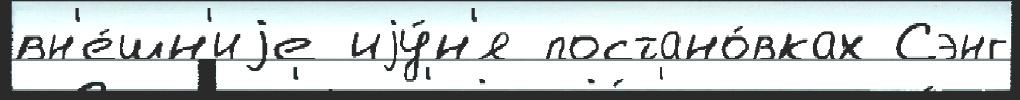
вн'е́шн'иjе иjу́н'я постано́вках Сэнг